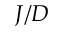
J / D